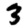
Digit: 3